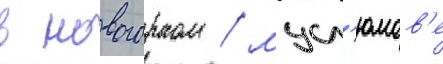
в новогорном / мусл'юмов'е